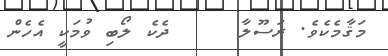
މަޤާމެކެވެ. ރަސޫލާ     ދެކެ ލޯބި ވުމަކީ އެހެން